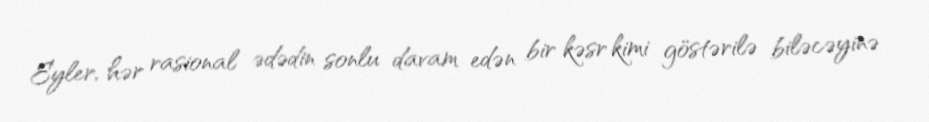
Eyler, hər rasional ədədin sonlu davam edən bir kəsr kimi göstərilə biləcəyinə